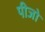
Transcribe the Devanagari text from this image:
पीजो